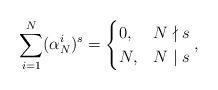
LaTeX: \begin{align*} \sum_{i=1}^N(\alpha_N^i)^s= \begin{cases} 0, &N\nmid s \\ N,& N \mid s\end{cases},\end{align*}